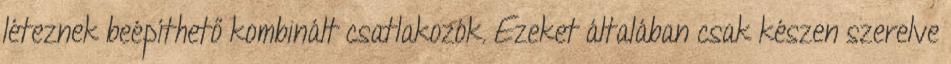
léteznek beépíthető kombinált csatlakozók. Ezeket általában csak készen szerelve